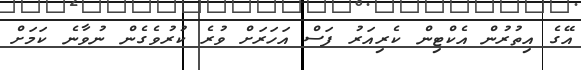
އޭގެ އިތުރުން އެކްޓިން ކެރިއަރު ފަސް އަހަރަށް ވުރެ ކުރުވެގެން ނުވާނެ ކަމަށް